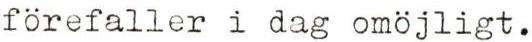
förefaller i dag omöjligt.